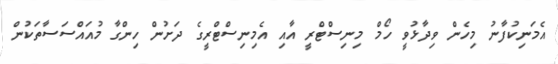
އެމަނިކުފާނު މިހެން ވިދާޅުވީ ހޯމް މިނިސްޓްރީ އާއި އެމިނިސްޓްރީގެ ދަށުން ހިންގާ މުއައްސަސާތަކުން